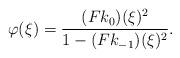
LaTeX: \begin{align*} \varphi ( \xi ) = \frac { ( F k _ 0 ) ( \xi ) ^ 2 } { 1 - ( F k _ { - 1 } ) ( \xi ) ^ 2 } .\end{align*}